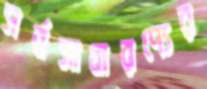
সর্বসাধারণ্যের